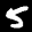
Label: 5